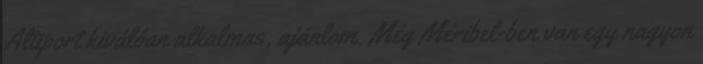
Altiport kiválóan alkalmas, ajánlom. Még Méribel-ben van egy nagyon